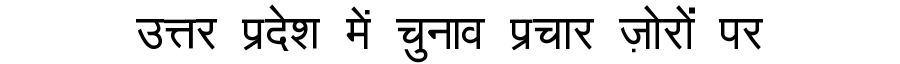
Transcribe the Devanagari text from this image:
उत्तर प्रदेश में चुनाव प्रचार ज़ोरों पर